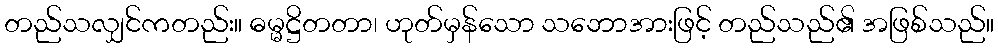
တည်သလျှင်ကတည်း။ ဓမ္မဋ္ဌိတတာ၊ ဟုတ်မှန်သော သဘောအားဖြင့် တည်သည်၏ အဖြစ်သည်။